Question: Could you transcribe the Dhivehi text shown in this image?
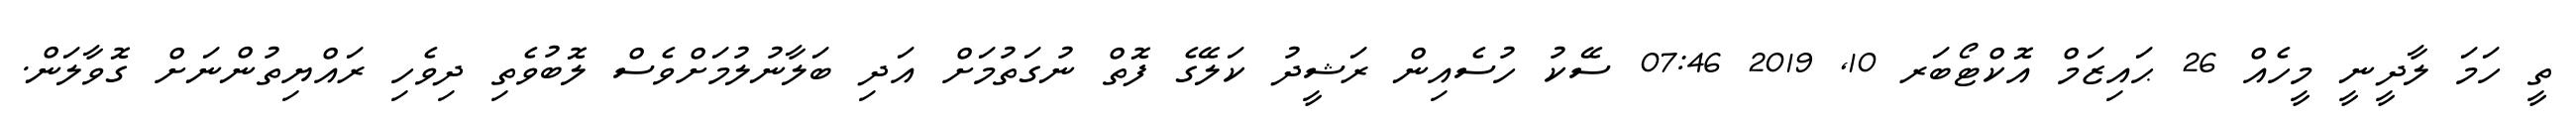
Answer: ތީ ހަމަ ލާދީނީ މީހެއް 26 ޙައިޒަމް އޮކްޓޯބަރ 10, 2019 07:46 ސޭކު ހުސެއިން ރަޝީދު ކަލޭގެ ފޮތް ނުގަތުމަށް އަދި ބަލާނުލުމަށްވެސް ލޮބުވެތި ދިވެހި ރައްޔިތުންނަށް ގޮވާލަން.